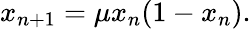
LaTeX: x_{n+1}=\mu x_{n}(1-x_{n}).